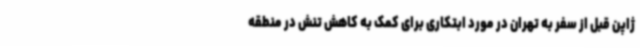
ژاپن قبل از سفر به تهران در مورد ابتکاری برای کمک به کاهش تنش در منطقه